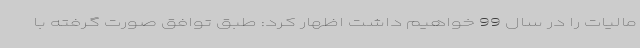
مالیات را در سال 99 خواهیم داشت اظهار کرد: طبق توافق صورت گرفته با